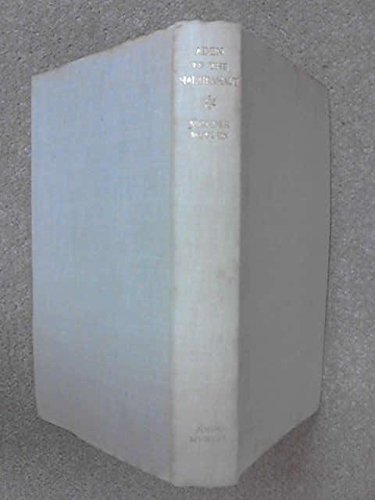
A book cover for Aden to the Hadhramaut, a journey in South Arabia; D. van der Meulen; Travel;